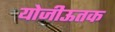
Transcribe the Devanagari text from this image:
योजीऊतक